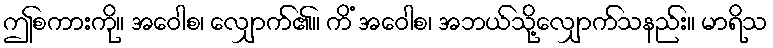
ဤစကားကို။ အဝေါစ၊ လျှောက်၏။ ကိံ အဝေါစ၊ အဘယ်သို့လျှောက်သနည်း။ မာရိသ